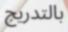
بالتدريج